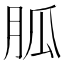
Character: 胍